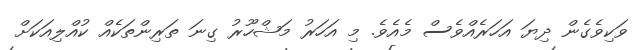
ވަކިވެގެން ދިޔަ އަހަރެއްވެސް މެއެވެ. މި އަހަރު މަޝްހޫރު ގިނަ ތަރިންތަކެއް ކުއްލިއަކަށް